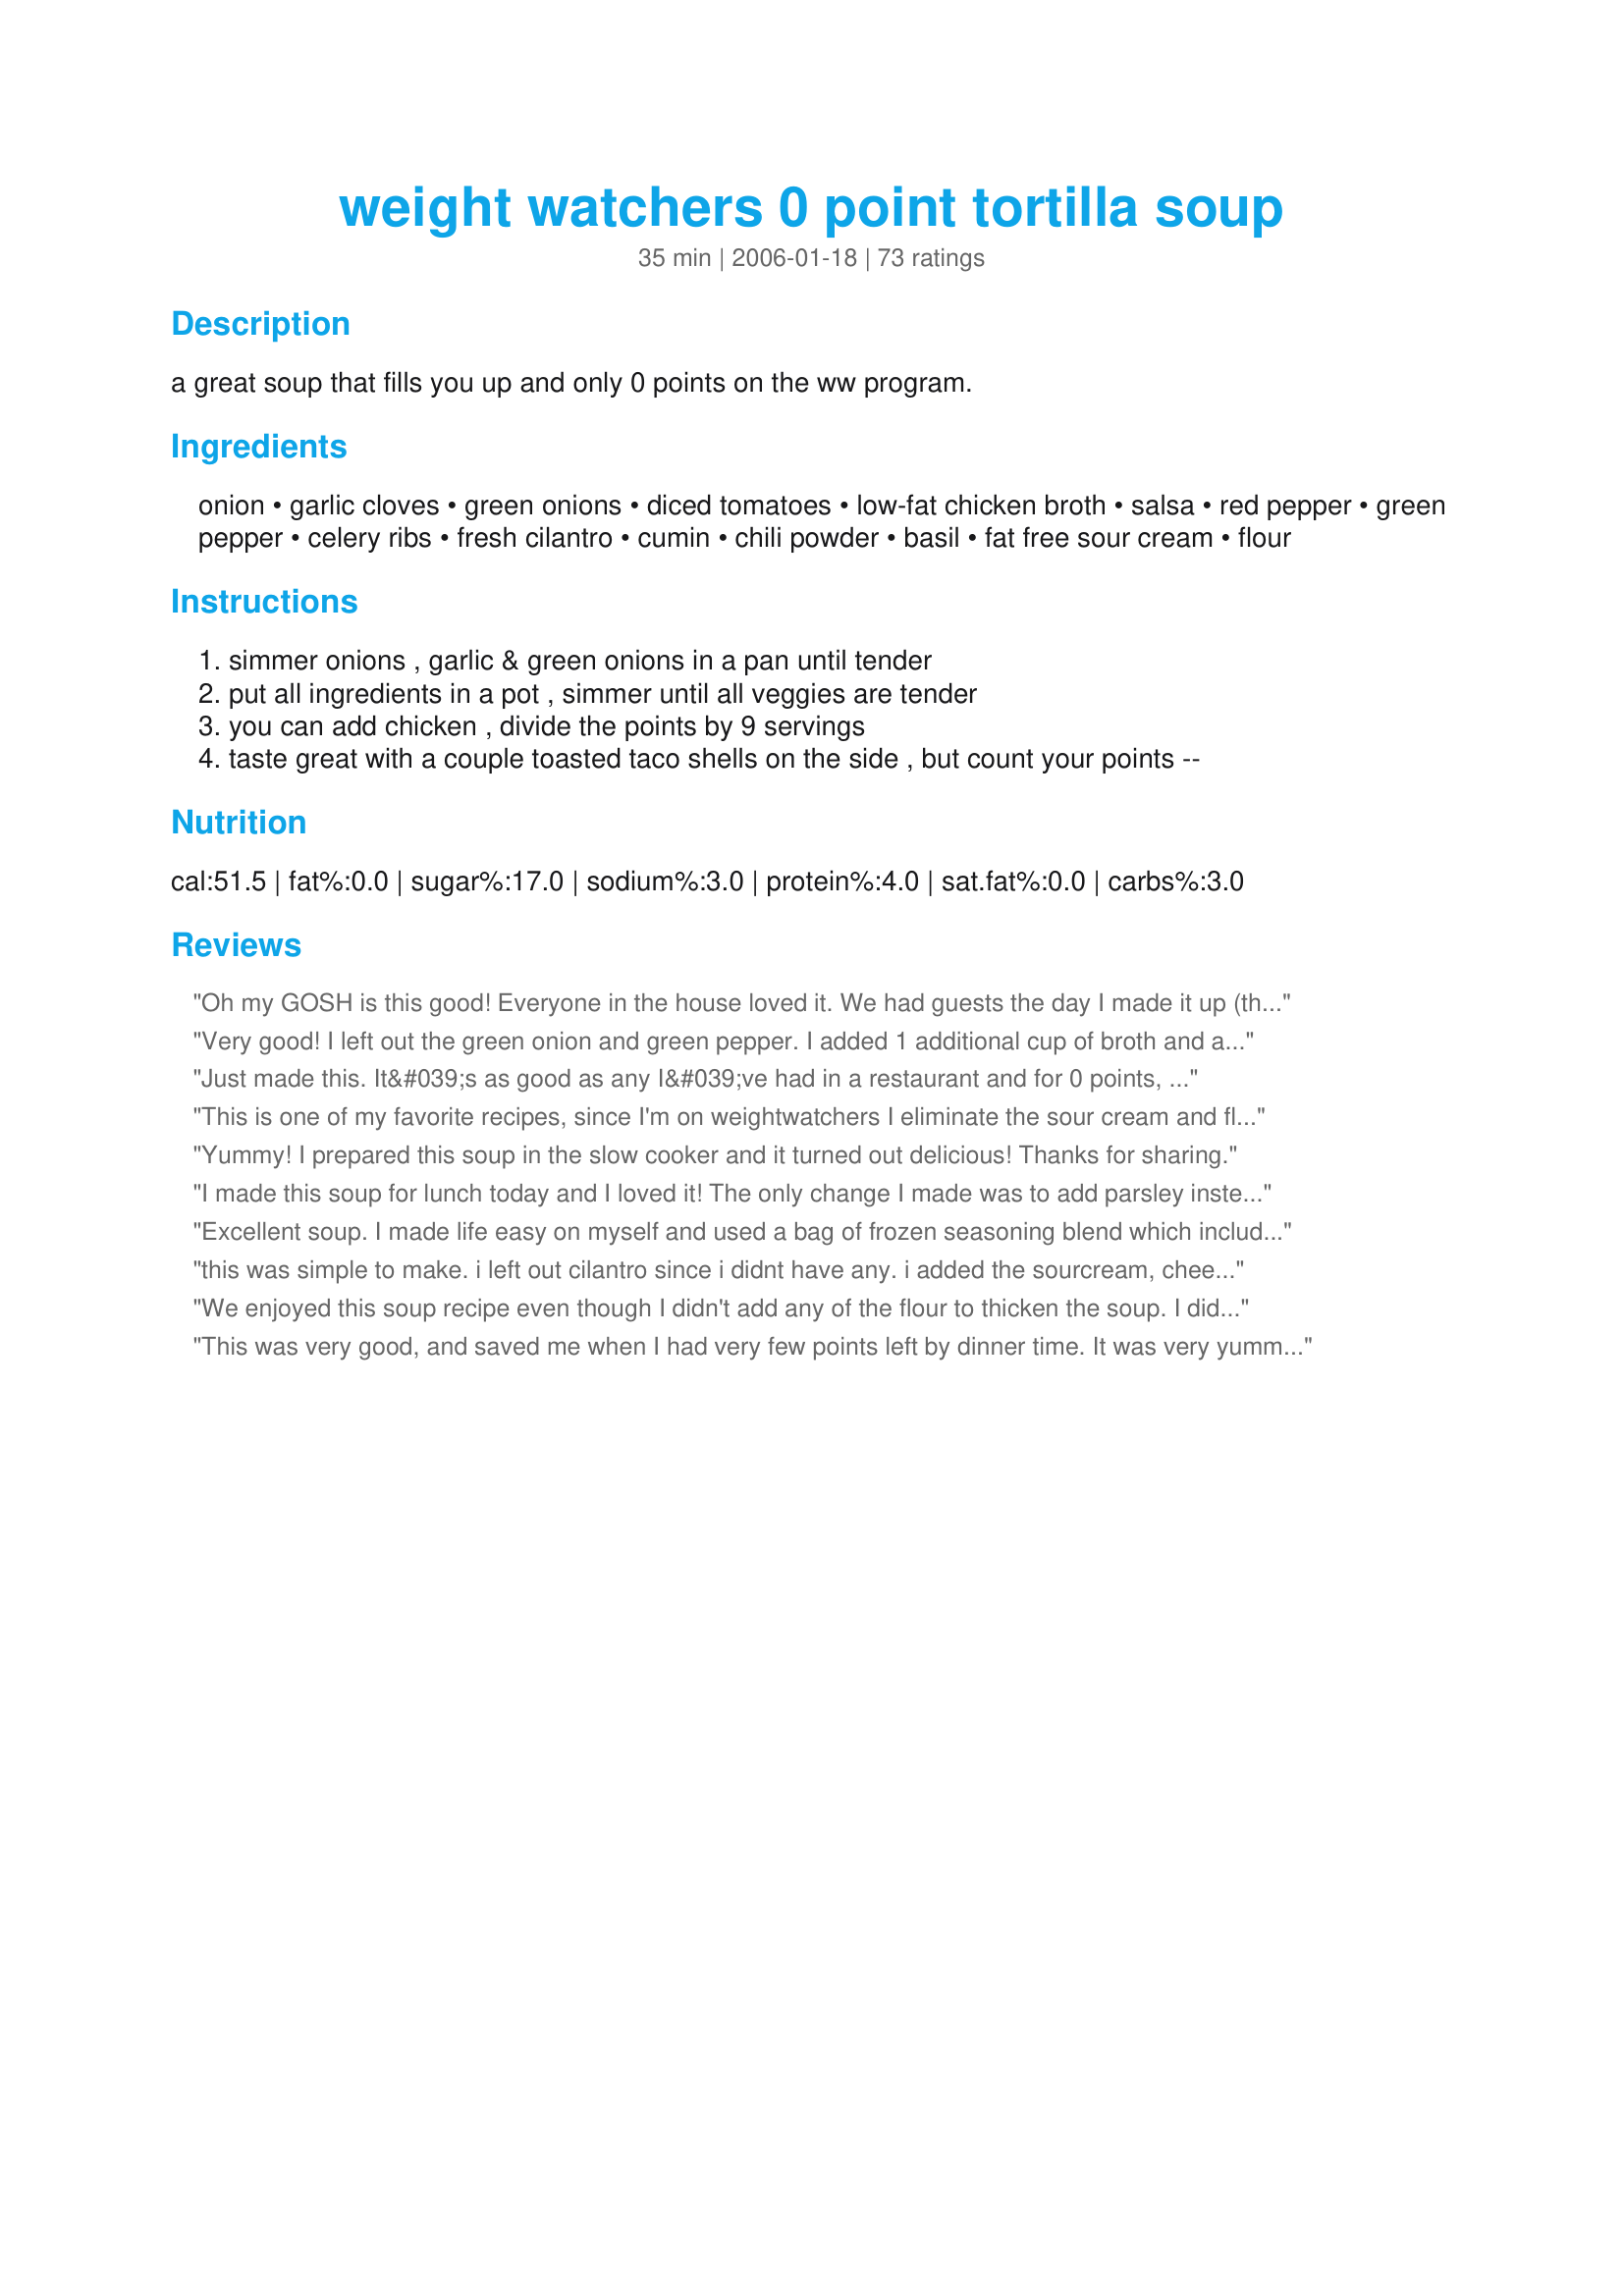
weight watchers 0 point tortilla soup
Preparation time: 35 minutes

a great soup that fills you up and only 0 points on the ww program.

Ingredients:
onion, garlic cloves, green onions, diced tomatoes, low-fat chicken broth, salsa, red pepper, green pepper, celery ribs, fresh cilantro, cumin, chili powder, basil, fat free sour cream, flour

Steps:
simmer onions , garlic & green onions in a pan until tender
put all ingredients in a pot , simmer until all veggies are tender
you can add chicken , divide the points by 9 servings
taste great with a couple toasted taco shells on the side , but count your points --

Reviews:
Oh my GOSH is this good! Everyone in the house loved it. We had guests the day I made it up (theoretically for work) and it was gone in no time. I used 1 can of diced tomatoes with onion and celery and one can of Rotel. It was wonderfully spicy and went great with a few baked tostitos crumbled on top. 

This is a new family favorite!
Very good! I left out the green onion and green pepper. I added 1 additional cup of broth and a cup of Trader Joes rice medley. I know that defeats the purpose of a 0 point soup, but it is still low calorie and fat free, and it was super filling and very tasty! Since I added the rice, I left out the flour. I also added some steak seasoning (just because we love it and always add for extra flavor!) and some oregano. The salsa I used was a medium green chili verde. I added a bit of cheddar cheese and low fat sour cream to my first bowl and it was really good that way, but I took it to work today without the extras and it was still good without the extra calories. Thanks for posting! I have a feeling I'll be using this a lot over the next few months!
Just made this. It&#039;s as good as any I&#039;ve had in a restaurant and for 0 points, It will be my new staple. I did leave out the flour (I like it thin) and don&#039;t see the purpose of the sour cream, it&#039;s such a small amount not sure if that was an essential ingredient. Will be making this often!
This is one of my favorite recipes, since I'm on weightwatchers I eliminate the sour cream and flour to keep it at zero points -- I also add two chicken breasts. It is out standing!!!!!!
Yummy! I prepared this soup in the slow cooker and it turned out delicious! Thanks for sharing.
I made this soup for lunch today and I loved it! The only change I made was to add parsley instead of cilantro, because I don't care for cilantro.
Excellent soup.

I made life easy on myself and used a bag of frozen seasoning blend which includes celery, red and green peppers, and onion. Easy peasy.
this was simple to make. i left out cilantro since i didnt have any. i added the sourcream, cheese and tortillas. couldnt get my bf to even try it. it defintially needs some chicken in it or beans.
We enjoyed this soup recipe even though I didn't add any of the flour to thicken the soup. I did thicken it naturally with some barley, legumes and leftover chicken. I have been asked to make this again. Thank you Janet for this posting.
This was very good, and saved me when I had very few points left by dinner time. It was very yummy and I'm glad to have leftovers. I ommitted the sour cream, b/c my Hubby doesnt like it. Also, I used more basil. With it, I toasted a whole-wheat tortilla and then dunked it in the soup. Very good.
I have made this soup three times so far. I always make extra so it last a few days it's a great filler for 0 points. I do leave out the celery and add more peppers and tomatoes.
It's so yum you forget you are on WW.
Very tasty. I added the juice of half a lime and doubled the spices for some extra zip. I'll be making this again.
very good. I followed the recipe but used fire roasted tomatoes. Very excellent! Thank you for sharing.
Great tasting soup...and low cal bonus for sure....I also added extra heat and left out the flour...have not tried it with a bit of sour cream but I bet the heat with the coolness will be a double bonus...thanks Janet...loved it...
Fantastic soup! I find the best way of sticking to a diet like WW is to fill up on lovely homemade soups and this is brilliant with all the punchy flavours, you don't miss the fat! Thank you!
This was a wonderful soup. My family raved about it.
I added in two thinly sliced corn toritillos to the broth. They break down in the soup and lend a great flavor. I don't use the crushed chip when eating it. Great recipe!
Years ago when I was in college my parents used to make this for me when I came home. It was the best soup by far. I was so glad to find the recipe on here years later. Hands down...this soup recipe is "AMAZING". I cook the whole thing in the crockpot. I use rotel instead of the diced tomatoes and half of a jalapeno to give it a nice kick. Personally, I think the soup needs a little flour (2 or 3 tbls). It doesn't make it thick, but instead gives it a nicer consistancy. Also, I cut up a rotesseri chicken from the grocery and put it in the crock pot with the other ingredients. A+++++ tortilla soup!!!
This soup is great and great for me:) The celery was a bit crunchy but I didn't mind. I also made it without the peppers because I didn't have any, but I didn't miss them. I toasted a tortilla to go with it mixed in a little fat free sour cream and sprinkled a little low fat cheddar on top ... Delicious. Thanks for posting!
This was pretty good - a but flat but just added a tad more cumin! I didnt add in the cilantro as that flavor tastes like soap to me.
Also added a can of black beans, so 1 serving might be about 1 pt.
~C
DELICIOUS!!! I accidently opened a can of tomato sauce so I used 1 can of that plus one can of chopped tomatoes. It was delicious!! I did add one can of black beans as some other reviewers suggested. This will definitely be on our menu often! We LOVE Gazpacho and we all thought it tasted like a hot Gazpacho.... Mmmmmm. I also did put everything in my crockpot and let it cook for several hours (around 5) because I needed it to be ready when we got home and needed to eat quickly before kids evening activities began. It was GREAT!!
What a nice change from the standard "0 point" soup! This is great as listed, but I made a few very minor adjustments: I only used 1 teaspoon of flour, used rotel tomatoes (with jalapenos),added a very small pinch of splenda (to offset acidity), and used my immersion blender on about half the soup to thicken the broth. Thanks for posting, Janet!
Absolutely loved it! I doubled the cumin and chili pepper because of a previous comment and it was perfect. I also added cooked, shredded chicken and it tasted like REAL tortilla soup! My hubbie even like it....that doesnt happen often! Thank you for the recipe!!!
A truly amazing soup!! That little bit of salsa goes a long way to making this taste like a high-calorie, very satisfying meal! It's easy to add other veggies, and I even made a variation with added ground pork. That increases the points, of course, but it makes a super easy and phenomenal one-pot meal.
I just finished eating a cup of this soup at work and its delicious. I didn't add flour and I thought the consistency was just fine and I didn't simmer in Step. #1 - just put everything in the pot and cooked until tender. A nice change from the other WW 0 point soup. Thank you.
this was really really good. I only used on tbsp of flour and it was perfect. thanks so much for posting.
I love this soup and make it a lot. I garnish with cheese, sour cream, and tortilla chips. I don't add the sour cream and flour while cooking and use vegetable stock.

When I want a heartier dish, I had a can of organic red or black beans.
This is a very good recipe. I do not add salsa but I do add New Mexian green chilis. They are the best . Along with NM chili powder which can be a little hot if you are not careful. I get mine at the Santa Culinary Arts Institute. They are really good
i give it 4 stars because it smelled delicious, however, next time I'm going to omit the cilantro. I never liked but since this is my first time cooking this recipe, I wanted to follow it to the letter. I also added chicken it was very filling that way.
Really good! I couldn't find my canned diced tomatoes, so I cut up a bunch of Romas and added a can of tomato sauce. I also left out the flour and put in a can of FatFree refried beans to thicken it up a teeny bit. I also suggest simmering the celery with the onions to make them a bit more tender. Thanks!!
This Soup is so good. My whole family ate it. My 7 year old said" This soup gets yummier each bite" while he was getting a second bowl.
Even my 3 year ate every bite, including the diced tomatoes (which he don't like tomatoes). I love the 0 points. So low I can add Fat free cheese and a few tortilla chips. Yummy !!!
Excellent, excellent, excellent!! That says it all. I made as posted but did saute' the celery with the onions like others had posted. I used a hot salsa. Came out nice and spicy. Next time I plan to add a diced jalapeno to the onion/celery mixture to spice it up even more. At the last minute I threw in some cooked chicken. DH raved about this dish. (not normal). This is so low in points that next time I will add some shredded cheese on top and serve with baked tortilla's. Thanks Janet W for posting.
I found this to be too sour.
This is a very interesting soup. I expected it to be very spicey for my taste but it isn't it is just flavorful. I din't use any flour in it because I like broth based soups. If I had a submergible hand blender I would have lightly pureed the soups. Next time I would add a chicken breast or two and maybe add some cheese.
I made this soup as I'm just starting to get back on the WW bandwagon and it was a cold and snowy day and it was the perfect fix! I didn't add the flour or sour cream and topped it with just a sprinkle of reduced fat shredded Mexican cheeses, and it was perfect. So filling, and it'll make for great lunches for a lot of the rest of the week!
This is sooooooooo good! Used frozen tomatoes from my garden. Will make this again!
This was excellent. It tasted so yummy... I added some tortilla chips and some cheese (so it's no longer 0 point) and it was DELICIOUS!
Oh boy. The tortilla soup is excellent. I doubled the chili powder, basil and garlic to give it a little extra kick and it is great. Yum-O!
Tasty soup! Added a small amount of chicken to it, some tortilla chips, and a little cheese! Yummy!!! Great flavors!!!!
I have been looking for soups I can make and take for lunch & thought this would fit the bill. I made a couple of changes. Used only 1 can of rotel, and 1/2 a cup of salsa. Omitted the celery and flour. Will add some cheese & chicken to change it up during the week. Thanks for sharing.
I just made this soup and added just a little shredded chicken and one crunched up tortilla chip. It's pretty great for a 0 point soup (without the chicken and chip) and I'll definitely make it again.
Delish and 0 points! I simmered the celery and pepper (use 1 red; personal preference) with the onion to get them soft and added the garlic toward the end. Next time I'll use petite diced tomatoes. Thanks Janet W!
This is a great soup. To omit the flour I changed the following: I used 1 15-ounce can of no-salt-added crushed tomatoes, and 4 chopped and seeded hothouse tomatoes. Otherwise, I followed the instructions to a tee (again, omitting the flour). The consistency was great from the beginning, and I simmered the whole thing for about 15 minutes. Will definately make again.
Very good tasting soup! I added diced chicken breast but left out the sour cream. I added some red pepper flakes and a few diced jalapenos because we like spicy foods.
This is delicious. I put 1/2 the soup in a blender and pureed it with 1 tbsp of flour and this helped thicken it. Then I also added 4 oz of shredded cooked chicken. Yum.
Great soup.I don't like red pepper, but put jicama in it - yum. I added kidney beans (add the points) for some protein the second time I made it - good stuff. Thanks for sharing!
OMG that was awesome! Best soup I've ever made and it is okay on my low-cal diet!! Woohoo! Thank you!! I'll be making this lots!! Love, Meg
This soup is really good. I left out the basil and the flour and added the sour cream as a garnish. All I had on hand was extra hot salsa - that, coupled with the chili powder made it really hot - almost too hot - but it was still wonderful. Next time I'll use medium salsa so my husband can eat it too. Thanks for posting.
i just now made this, stumbled on the recipe and saw that i had all the ingredients, some of which i had in the fridge that i needed to use up quickly. this is very tasty and i think i Will add Black beans to make it more substantial. if i had chicken i would have added that. good recipe.
I thought this was very good for no points. I too, sauteed the celery with the onions to make them tender. I baked some whole wheat tortillas to make chips to go with this. Mmmmmmm!!!
We enjoyed this flavourful soup. For personal preference, I omitted the cumin and basil. Next time I might try and puree the soup. Thanks for the recipe.
I loved this recipe! I did add a can of black beans for some more protein, and fiber.. I also added a large can of cooked chicken and just crumbled it up in the pot.. This was soo good! I especially like the cilantro in it.. I think that really gives the soup a nice flavor.. Thanks so much!
I'm doing Weight Watchers and this is a nice change from the 0 point cabbage soup I've been eating for lunch. I omitted the peppers, because I didn't have any on hand. I used 1 can of diced tomatoes with green chili's (which really added quite a kick) and one can of regular no added salt. I also only added 1 Tbsp of flour and sauteed the celery with the onions and garlic. For a point soup add either 2 Tbsp of low fat cheese or 1 corn tortilla shell, crushed...or add both for a 2 point soup. Thanks for posting!
This soup is so delicious. I followed everything to a T and then I cooked 2 chicken breast in my pressure cooker then shredded it and added to the soup! Thank you for posting this delicious recipe!
This was great and very filling!! I used hot salsa so it was nice and spicy and the cilantro added an interesting compliment. I had to leave out the celery and sour cream because I forgot it at the store and I only used 1 tblsp flour; otherwise I followed the recipe exactly. I didn't tell the fiance it was WW and he ate it right up. Thanks!!
This is so good! Filling and very flavorful. Next time I may add red beans or black beans for a protien boost.
Are you sure this is 0 points! Could I eat the entire pot? I loved it, made it exactly as written and next time will make a double batch to last through the week. Thanks!
This is very tasty soup, my husband added some hot sauce but was well liked by all
Pretty darned good! I used my favorite spicy salsa and only one can of Huntz FireRoasted diced tomatoes (high in sodium but enough that I didnt feel the need to add more salt to the soup). I also raided the 'fridge for leftover veggies and threw in fresh chopped spinach and yellow squash. Didnt need to use the flour. Also, if you are honest and add in a few extra points per serving, this tastes good with a can of Hormel Turkey Chili no beans.
Five stars, considering it is only 50 calories! I served it will a little cheese, and it was great. I would recomend simmering the celery along with the onion.
Good enough to try
I made this for me and my husband. It really is delicious. I added a little brown rice and it was so good. I will def make this again and to be honest, it didn't even really need the rice, it was so filling. Next time I may try some black beans or kidney beans for protein. Easy and quick to make too!
Yummy and a wonderful way to get some veggies. I skipped the flour and found I liked the soup better without the sour cream. A little cheese on top would be fantastic, so would adding some cooked chicken. Would suggest homemade chicken stock (always better) and simmering until celery is tender, I left mine a bit too crunchy. Very colorful and smells wonderful when cooking. Thanks for sharing the recipe!
By my calculations, your recipe is 1 point, not 0.
I have made this soup twice and everyone LOVES it. I don&#039;t tell them it&#039;s Weight Watchers. It&#039;s just plain &quot;healthy&quot;, fresh, delicious. I did put in a can of corn, a can of black beans, and shredded chicken. To DIE FOR!!!!
Amazing! So tasty! I wouldn't change a thing. Thanks for posting!
This is really tasty soup! The salsa really adds a nice kick! I will definately be making this again... and again.
Love this! Even when I am not doing WW, I make this as it is light and works great for lunches.
Very good tortilla soup flavor without the tortillas or chicken! I used Chi-Chi's Original Medium Salsa, which gave it a nice kick. I realized halfway through sauteeing the onions that I didn't have any celery, so I used a zucchini I had floating around in the fridge instead, and it worked out beautifully. Also, I used 2 tablespoons of cornstarch instead of flour and while it thickened it somewhat, it didn't become super-thick, which was nice.
Decided to give WW another try and as I love so many of their soup recipes - decided to give this one a try... and we LOVED it!!! First time using fresh cilantro - and LOVED it!!! And salsa in the soup... LOVED it!! Didn't add any flour or sour cream - LOVED it as is! Thanks Janet! :)
This soup is really good, and I&#039;m not one for soups that don&#039;t have meat in them. I had to leave out a can of tomatoes because there wasn&#039;t room in my three quart saucepan for them. I used some red peppers up that I&#039;d roasted the night before in place of the regular, and also used my own homemade chicken broth. I also didn&#039;t use any of the flour. This is excellent sup and no guilt!
This is a really excellent soup! I decided on the spur of the moment to make this and since I had no cilantro on hand, I threw in some chopped parsley, and added chives in place of the green onion. My can of tomatoes was 14.5 oz.<br/>I didn't use the flour but did add a small dollop of regular sour cream to my bowl of soup but it curdled so I probably won't use that again. Next time I'll add some tortilla strips even though this is a very good soup without them.
Great, tasty soup. Added more garlic and didn't particularly think that the celery did anything for it, but was delicious nonetheless! Will definitely be part of our repertoire!
